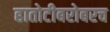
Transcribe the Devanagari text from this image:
हातोटीबरोबरच